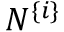
N ^ { \{ i \} }